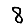
Digit: 8